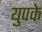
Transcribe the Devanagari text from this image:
युपके